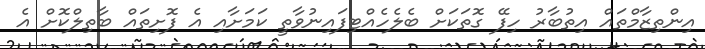
އިންތިޒާމްތައް އިތުބާރު ހިފޭ ގޮތަކަށް ބެލެހެއްޓިފައިނުވާތީ ކަމަށާއި އެ ފޮށިތައް ބާތިލްކޮށް އެ